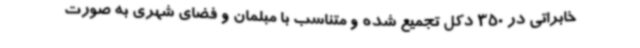
خابراتی در 350 دکل تجمیع شده و متناسب با مبلمان و فضای شهری به صورت